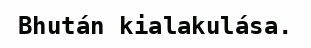
Bhután kialakulása.